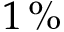
1 \, \%